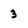
Character: 3